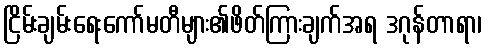
ငြိမ်းချမ်းရေးကော်မတီများ၏ဖိတ်ကြားချက်အရ ဒဂုန်တာရာ၊